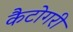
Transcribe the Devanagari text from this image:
कैटोगरी